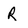
Character: r